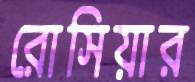
রোসিয়ার